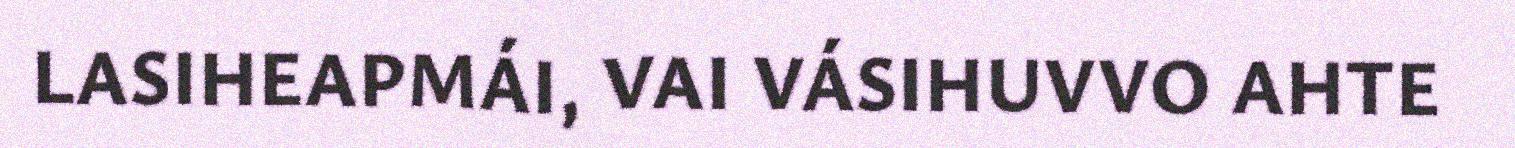
LASIHEAPMÁI, VAI VÁSIHUVVO AHTE